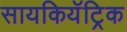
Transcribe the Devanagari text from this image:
सायकियॅट्रिक